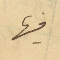
فيها